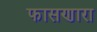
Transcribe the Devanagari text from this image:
फासणारा